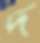
দ